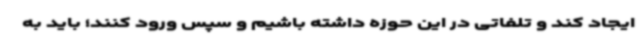
ایجاد کند و تلفاتی در این حوزه داشته باشیم و سپس ورود کنند؛ باید به